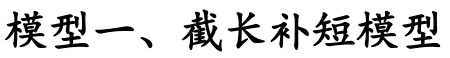
模型一、截长补短模型